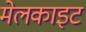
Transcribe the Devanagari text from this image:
मेलकाइट